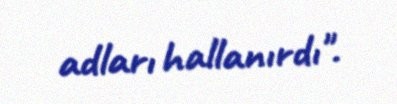
adları hallanırdı".